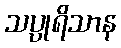
သပ္ပုရိသာန